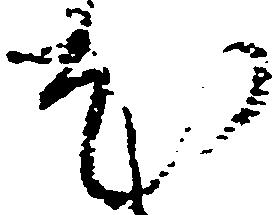
尤